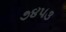
૭૪૫૩